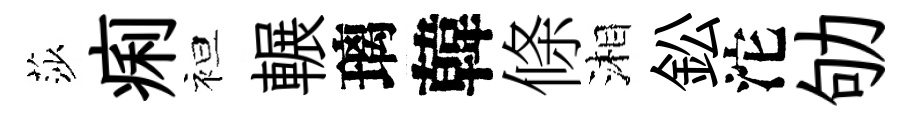
莎痢袒輾璃韓條湘鈆沱劬